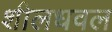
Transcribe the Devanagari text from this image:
शीलधवल